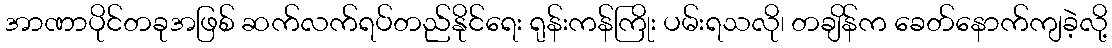
အာဏာပိုင်တခုအဖြစ် ဆက်လက်ရပ်တည်နိုင်ရေး ရုန်းကန်ကြိုး ပမ်းရသလို၊ တချိန်က ခေတ်နောက်ကျခဲ့လို့